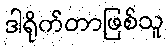
ဒါရိုက်တာဖြစ်သူ